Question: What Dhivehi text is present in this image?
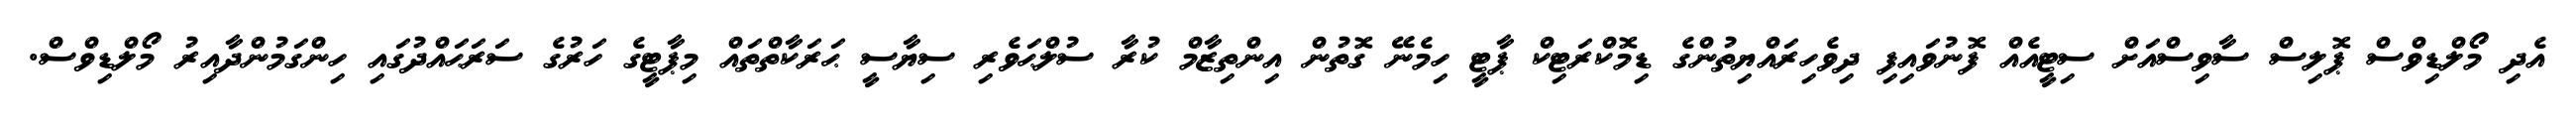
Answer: އެދި މޯލްޑިވްސް ޕޮލިސް ސާވިސްއަށް ސިޓީއެއް ފޮނުވައިފި ދިވެހިރައްޔިތުންގެ ޑިމޮކްރަޓިކް ޕާޓީ ހިމެނޭ ގޮތުން އިންތިޒާމް ކުރާ ސުލްޙަވެރި ސިޔާސީ ޙަރަކާތްތައް މިޕާޓީގެ ހަރުގެ ސަރަޙައްދުގައި ހިންގަމުންދާއިރު މޯލްޑިވްސް.